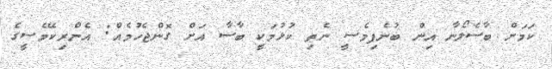
ކަމަށް ބާސެލޯނާ އިން ބުނެފިމެސީ ނެތި ކުޅުމަކީ ބާސާ އަށް ގޮންޖެހުމެއް: އެންރިކޭމެސީގެ